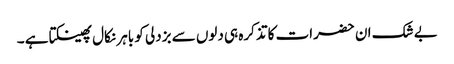
بے شک ان حضرات کا تذکرہ ہی دلوں سے بزدلی کو باہر نکال پھینکتا ہے ۔